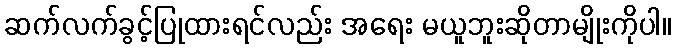
ဆက်လက်ခွင့်ပြုထားရင်လည်း အရေး မယူဘူးဆိုတာမျိုးကိုပါ။